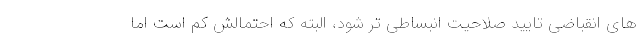
های انقباضی تایید صلاحیت انبساطی تر شود، البته که احتمالش کم است اما